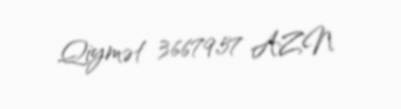
Qiymət 36679,57 AZN